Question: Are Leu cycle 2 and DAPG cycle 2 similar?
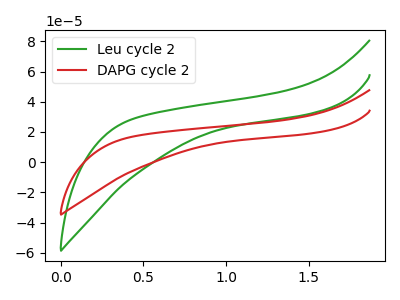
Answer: <think>The green curve "Leu cycle 2" has no peaks. The red curve "DAPG cycle 2" has no peaks.
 Neither "Leu cycle 2" or "DAPG cycle 2" have any peaks.</think>
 <answer>"Leu cycle 2" and "DAPG cycle 2" are similar in shape.</answer>
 <eval>same_shape</eval>